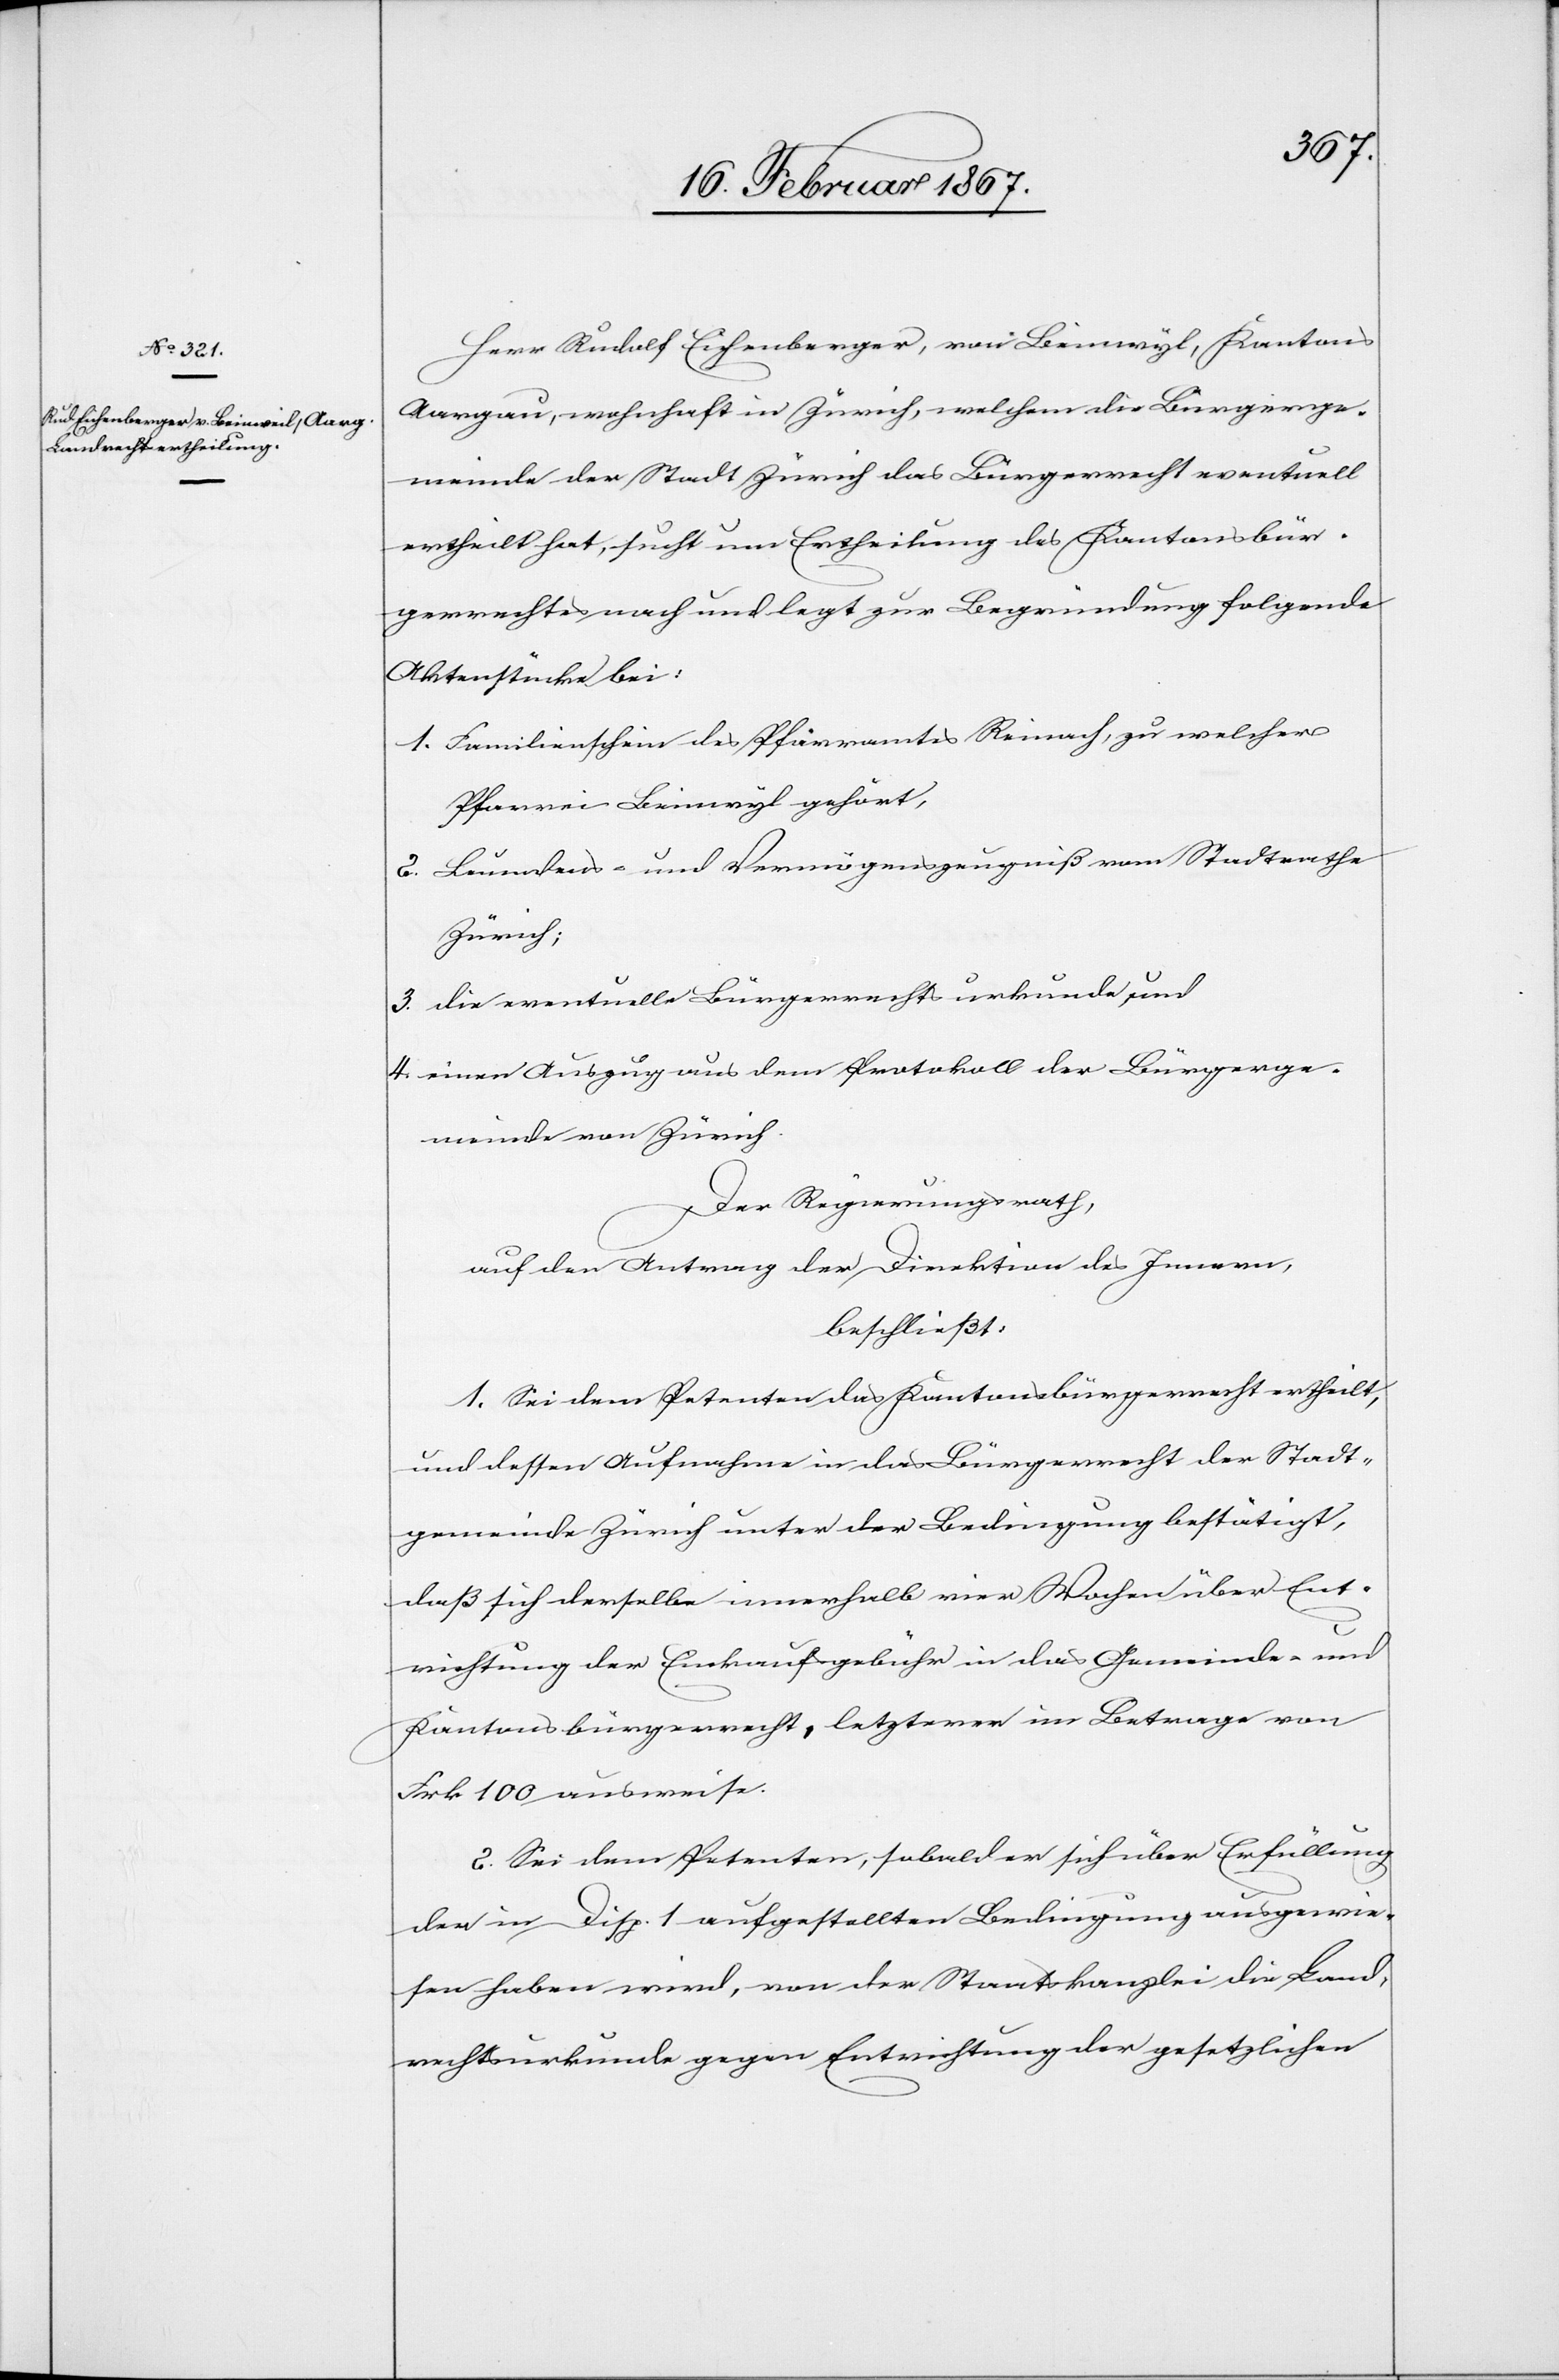
Herr Rudolf Eichenberger, von Beinwyl, Kantons
Aargau, wohnhaft in Zürich, welchem die Bürgerge¬
meinde der Stadt Zürich das Bürgerrecht eventuell
ertheilt hat, sucht um Ertheilung des Kantonsbür¬
gerrechtes nach und legt zur Begründung folgende
Aktenstücke bei:
1.	Familienschein des Pfarramtes Reinach, zu welcher
Pfarrei Beinwyl gehört,
2.	Leumdens- und Vermögenszeugniß vom Stadtrathe
Zürich;
3. 	die eventuelle Bürgerrechtsurkunde und
4.	einen Auszug aus dem Protokoll der Bürgerge¬
meinde von Zürich.
Der Regierungsrath,
auf den Antrag der Direktion des Innern,
beschließt:
1. Sei dem Petenten das Kantonsbürgerrecht ertheilt,
und dessen Aufnahme in das Bürgerrecht der Stadt¬
gemeinde Zürich unter der Bedingung bestätigt,
daß sich derselbe innerhalb vier Wochen über Ent¬
richtung der Einkaufsgebühr in das Gemeinde- und
Kantonsbürgerrecht, letzterer im Betrage von
Frk 100 ausweise.
2. Sei dem Petenten, sobald er sich über Erfüllung
der in Disp. 1 aufgestellten Bedingung ausgewie¬
sen haben wird, von der Staatskanzlei die Land¬
rechtsurkunde gegen Entrichtung der gesetzlichen